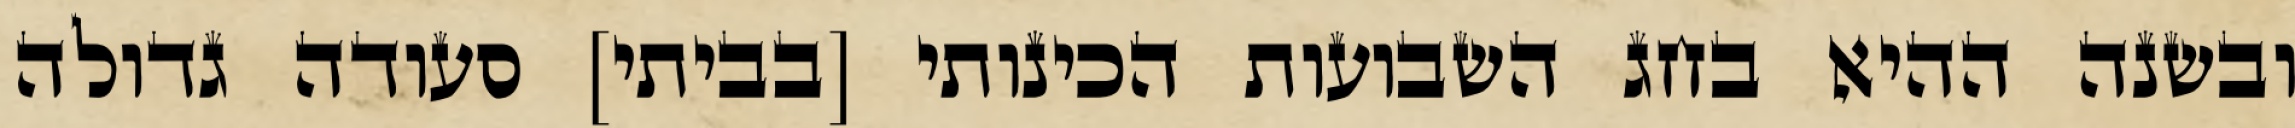
ובשנה ההיא בחג השבועות הכינותי [בביתי] סעודה גדולה